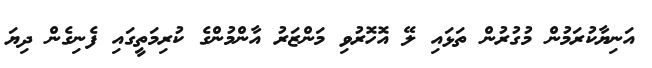
އަނިޔާކުރަމުން މުގުރުން ތަޅައި ލޭ އޮހޮރުވި މަންޒަރު އާންމުންގެ ކުރިމަތީގައި ފެނިގެން ދިޔަ